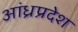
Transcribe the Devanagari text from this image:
अांध्रप्रदेश